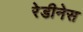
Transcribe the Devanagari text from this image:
रेडीनेस